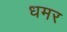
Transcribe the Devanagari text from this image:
धमर